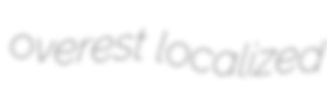
overest localized